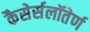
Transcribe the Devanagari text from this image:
कैसेर्सलॉतेर्ण